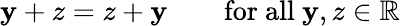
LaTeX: \mathbf{y}+z=z+\mathbf{y}\qquad{\mathrm{{for~all~}}}\mathbf{y},z\in\mathbb{{R}}